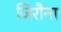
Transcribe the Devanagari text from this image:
जिरौना